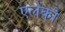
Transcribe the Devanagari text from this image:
एलेंको